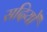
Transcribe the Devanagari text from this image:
सदियोँ